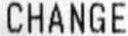
CHANGE